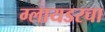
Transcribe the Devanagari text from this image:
ग्लायडरचा